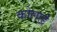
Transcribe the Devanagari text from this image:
कोलार्ड्र